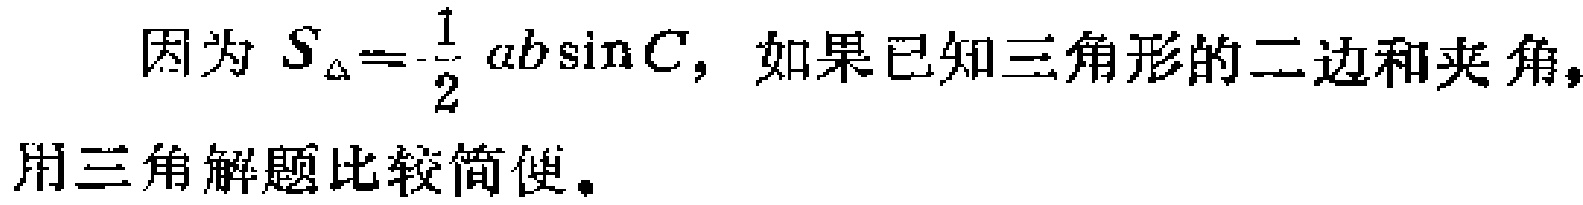
因为 \(S_{\triangle}=\frac{1}{2}ab\sin C\)，如果已知三角形的二边和夹角，用三角解题比较简便。